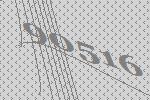
90516